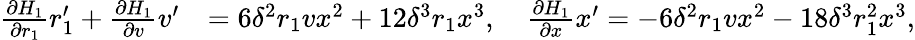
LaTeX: \begin{array}{rl}{\frac{\partial H_{1}}{\partial r_{1}}r_{1}^{\prime}+\frac{\partial H_{1}}{\partial v}v^{\prime}}&{=6\delta^{2}r_{1}vx^{2}+12\delta^{3}r_{1}x^{3},\quad\frac{\partial H_{1}}{\partial x}x^{\prime}=-6\delta^{2}r_{1}vx^{2}-18\delta^{3}r_{1}^{2}x^{3},}\end{array}